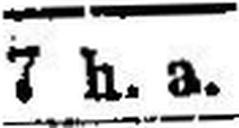
7 h. a.